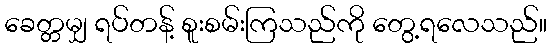
ခေတ္တမျှ ရပ်တန့် စူးစမ်းကြသည်ကို တွေ့ရလေသည်။